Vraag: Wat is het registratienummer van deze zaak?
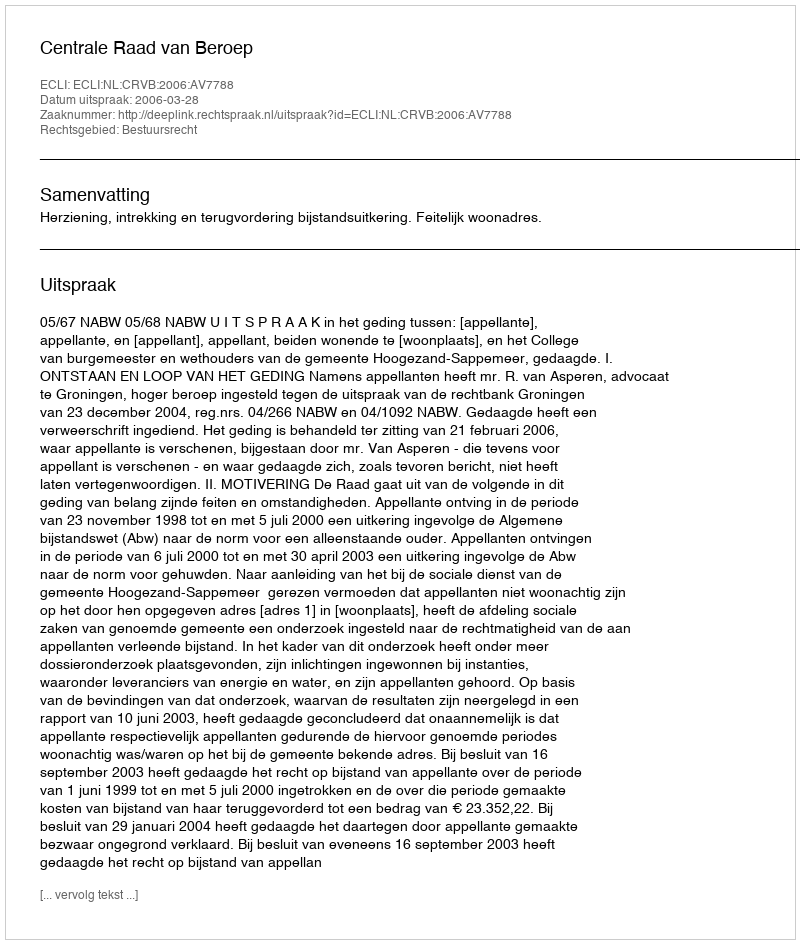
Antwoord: http://deeplink.rechtspraak.nl/uitspraak?id=ECLI:NL:CRVB:2006:AV7788